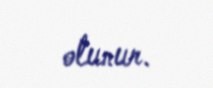
olunur.